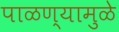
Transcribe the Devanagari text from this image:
पाळण्यामुळे